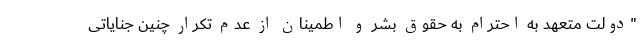
"دولت متعهد به احترام به حقوق بشر و اطمینان از عدم تکرار چنین جنایاتی